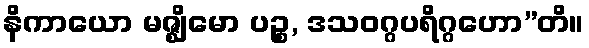
နိကာယော မဇ္ဈိမော ပဉ္စ, ဒသဝဂ္ဂပရိဂ္ဂဟော”တိ။